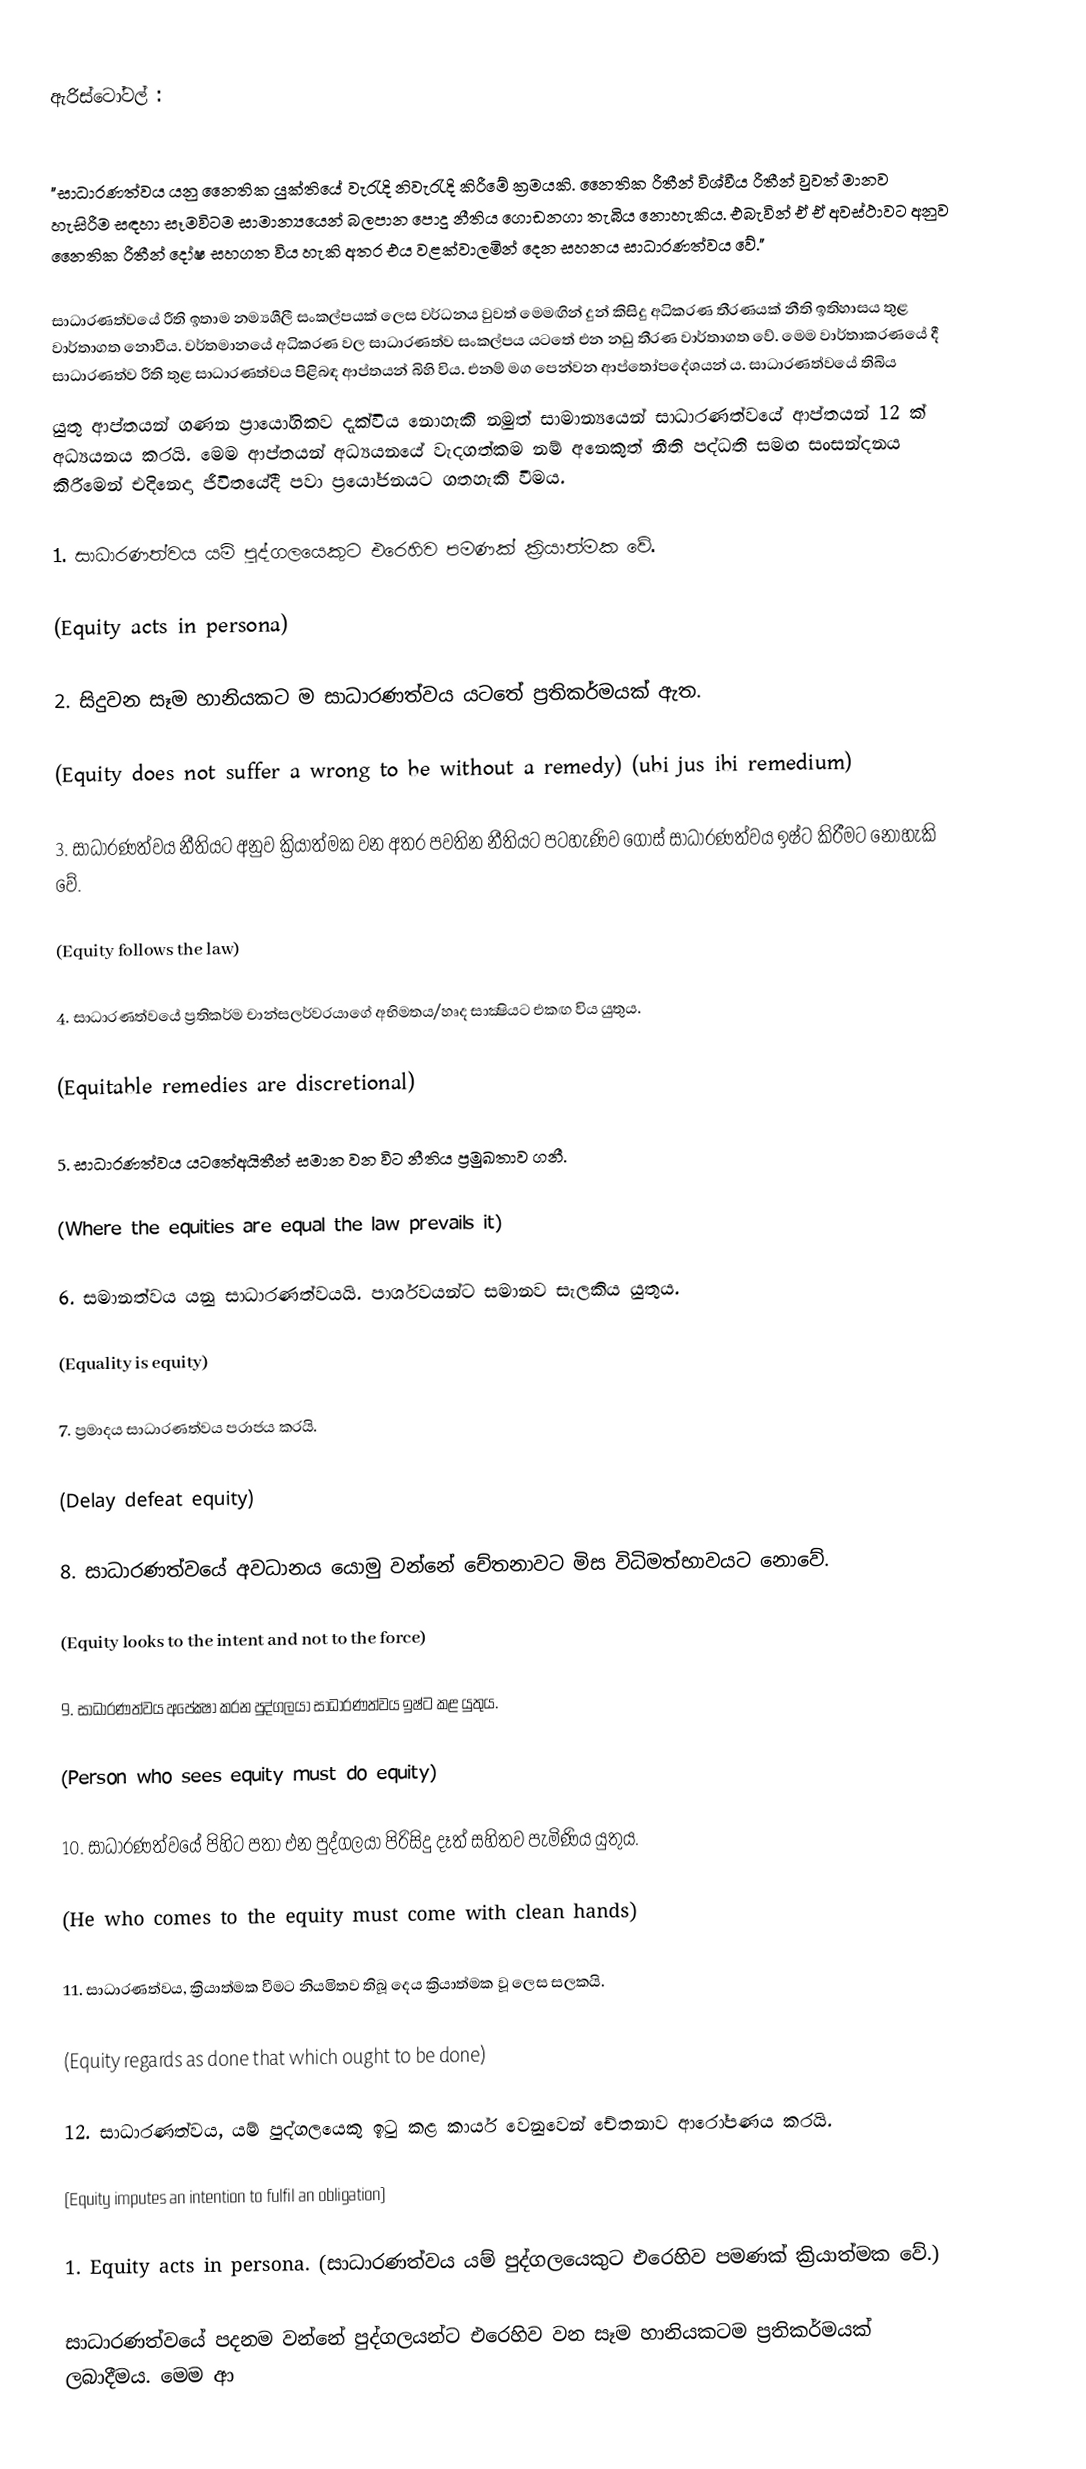
ඇරිස්ටෝටල් :

"සාධාරණත්වය යනු ‍නෛතික යුක්තියේ වැරැදි නිවැරැදි කිරී‍මේ ක්‍රමයකි. නෛතික රීතීන් විශ්වීය රීතීන් වුවත් මානව හැසිරීම සඳහා සෑමවිටම සාමාන්‍යයෙන් බලපාන පොදු නීතිය ගොඩනගා තැබිය නොහැකිය. එබැවින් ඒ ඒ අවස්ථාවට අනුව නෛතික රීතීන් දෝෂ සහගත විය හැකි අතර එය වළක්වාලමින් දෙන සහනය සාධාරණත්වය ‍‍වේ."

                සාධාරණත්වයේ රීති ඉතාම නම්‍යශීලී සංකල්පයක් ලෙස වර්ධනය වුවත් මෙමඟින් දුන් කිසිදු අධිකරණ තීරණයක් නීති ඉතිහාසය තුළ වාර්තාගත නොවීය. වර්තමානයේ අධිකරණ වල සාධාරණත්ව සංකල්පය යටතේ එන නඩු තීරණ වාර්තාගත වේ. මෙම වාර්තාකරණයේ දී සාධාරණත්ව රීති තුළ සාධාරණත්වය පිළිබඳ ආප්තයන් බිහි විය. එනම් මග පෙන්වන ආප්තෝපදේශයන් ය. සාධාරණත්වයේ තිබිය
යුතු ආප්තයන් ගණන ප්‍රායෝගිකව දැක්විය නොහැකි නමුත් සාමාන්‍යයෙන් සාධාරණත්වයේ ආප්තයන් 12 ක් අධ්‍යයනය කරයි. මෙම ආප්තයන් අධ්‍යයනයේ වැදගත්කම නම් අනෙකුත් නීති පද්ධති සමඟ සංසන්දනය කිරීමෙන් එදිනෙදා ජීවිතයේදී පවා ප්‍රයෝජනයට ගතහැකි වීමය.

1. සාධාරණත්වය යම් පුද්ගලයෙකුට එරෙහිව පමණක් ක්‍රියාත්මක වේ.

  (Equity acts in persona)

2. සිදුවන සෑම හානියකට ම සාධාරණත්වය යටතේ ප්‍රතිකර්මයක් ඇත.

  (Equity does not suffer a wrong to be without a remedy) (ubi jus ibi remedium)

3. සාධාරණත්වය නීතියට අනුව ක්‍රියාත්මක වන අතර පවතින නීතියට පටහැණිව ගොස් සාධාරණත්වය ඉෂ්ට  කිරීමට නොහැකි වේ.

  (Equity follows the law)

4. සාධාරණත්වයේ ප්‍රතිකර්ම චාන්සලර්වරයාගේ අභිමතය/හෘද සාක්‍ෂියට එකඟ විය යුතුය.

  (Equitable remedies are discretional)

5. සාධාරණත්වය යටතේඅයිතීන් සමාන වන විට නීතිය ප්‍රමුඛතාව ගනී.

  (Where the equities are equal the law prevails it)

6. සමානත්වය යනු සාධාරණත්වයයි. පාර්ශවයන්ට සමානව සැලකිය යුතුය.

  (Equality is equity)

7. ප්‍රමාදය සාධාරණත්වය පරාජය කරයි.

  (Delay defeat equity)

8. සාධාරණත්වයේ අවධානය යොමු වන්නේ චේතනාවට මිස විධිමත්භාවයට නොවේ.

  (Equity looks to the intent and not to the force)

9. සාධාරණත්වය අපේක්‍ෂා කරන පුද්ගලයා සාධාරණත්වය ඉෂ්ට කළ යුතුය.

  (Person who sees equity must do equity)

10. සාධාරණත්වයේ පිහිට පතා එන පුද්ගලයා පිරිසිදු දෑත් සහිතව පැමිණිය යුතුය.

  (He who comes to the equity must come with clean hands)

11. සාධාරණත්වය, ක්‍රියාත්මක වීමට නියමිතව තිබූ දෙය ක්‍රියාත්මක වූ ලෙස සලකයි.

  (Equity regards as done that which ought to be done)

12. සාධාරණත්වය, යම් පුද්ගලයෙකු ඉටු කළ කාර්ය වෙනුවෙන් චේතනාව ආරෝපණය කරයි.

  (Equity imputes an intention to fulfil an obligation)

1. Equity acts in persona. (සාධාරණත්වය යම් පුද්ගලයෙකුට එරෙහිව පමණක් ක්‍රියාත්මක වේ.)

සාධාරණත්වයේ පදනම වන්නේ පුද්ගලයන්ට එරෙහිව වන සෑම හානියකටම ප්‍රතිකර්මයක් ලබාදීමය. මෙම ආ